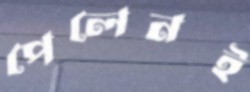
পেলেনই